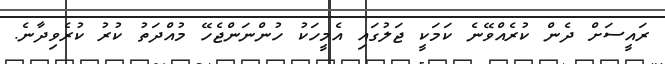
ރައީސަށް ދެން ކުރެއްވޭނެ ކަމަކީ ޖަލުގައި އެމީހަކު ހުންނަންޖެހޭ މުއްދަތު ކުރު ކުރެވިދާނެ.